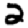
Digit: 2